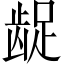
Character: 龊